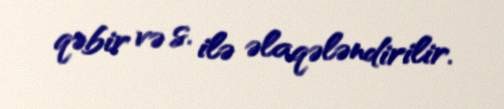
qəbir və s. ilə əlaqələndirilir.